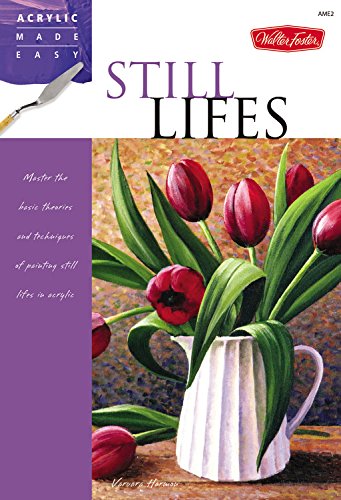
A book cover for Still Lifes: Master the basic theories and techniques of painting still lifes in acrylic (Acrylic Made Easy); Varvara Harmon; Arts & Photography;